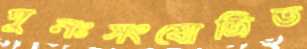
পুনঃসংযোজিত